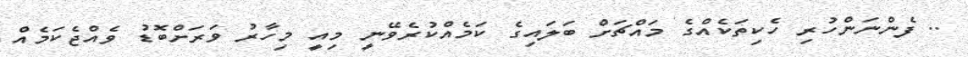
.. ފެންނަންހުރި ހެކިތަކެއްގެ މައްޗަށް ބަލައިގެ ކަމެއްކުރެވޭނީ މިއީ މިހާރު ވަރަށްބޮޑު ވެއްޖެކަމެއް